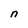
Character: n